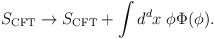
\begin{align*}S_{\rm CFT}\to S_{\rm CFT}+\int d^{d}x\; \phi \Phi(\phi) .\end{align*}